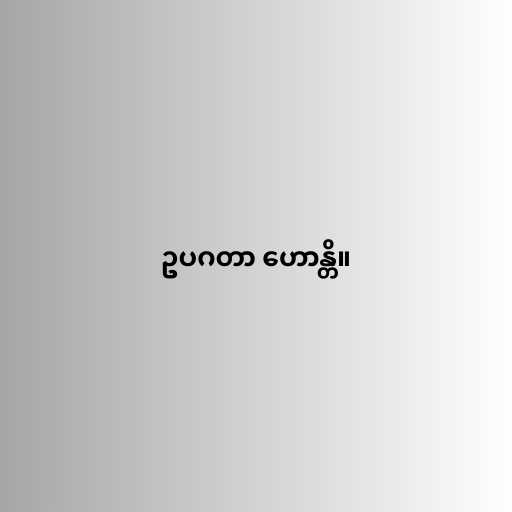
ဥပဂတာ ဟောန္တိ။